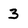
Character: 3